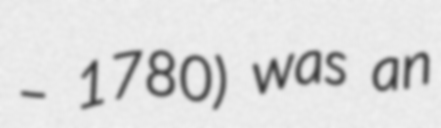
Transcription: – 1780) was an